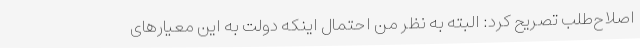
اصلاح‌طلب تصریح کرد: البته به نظر من احتمال اینکه دولت به این معیارهای